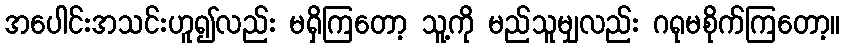
အပေါင်းအသင်းဟူ၍လည်း မရှိကြတော့ သူ့ကို မည်သူမျှလည်း ဂရုမစိုက်ကြတော့။